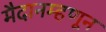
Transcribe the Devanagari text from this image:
मैदानम्हणून